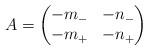
LaTeX: \begin{align*}A = \begin{pmatrix} -m_- & -n_- \\ -m_+ & -n_+ \end{pmatrix}\end{align*}